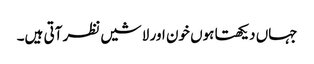
جہاں دیکھتا ہوں خون اور لاشیں نظر آتی ہیں۔